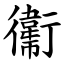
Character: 䘙